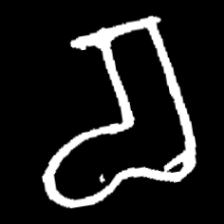
Pyu character \u2014 Myanmar letter: စ (romanized: ca)